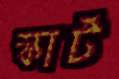
স্কার্ট